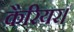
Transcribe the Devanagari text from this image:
कैरियर।